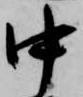
中